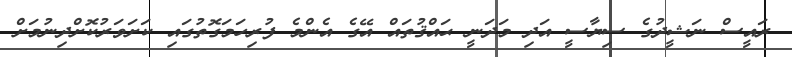
ރައީސް ނަޝީދުގެ ސިިޔާސީ އަދި މަދަނީ ޙައްޤުތައް އޭގެ އެންމެ ފުރިހަަމަގޮތުގައި ކަށަވަރުކޮށްދިނުމަށް